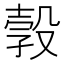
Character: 㝅